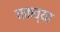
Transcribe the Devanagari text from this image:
चकव्या